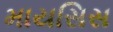
માયસિસ